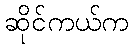
ဆိုင်ကယ်က